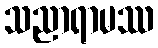
သညာရာမဿ